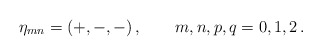
\begin{align*}\eta_{mn} = (+,-,-) \,, \qquad m,n,p,q = 0,1,2 \,.\end{align*}